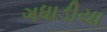
ગધાડીયા